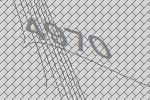
4970